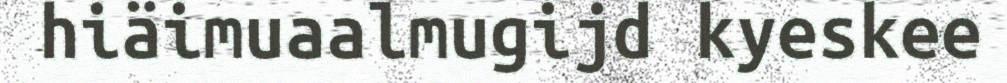
hiäimuaalmugijd kyeskee